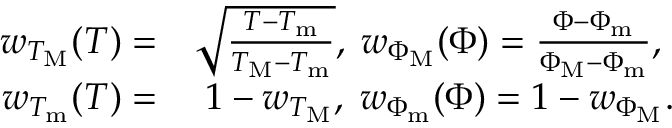
\begin{array} { r l } { w _ { T _ { \mathrm { M } } } ( T ) = } & { \sqrt { \frac { T - T _ { \mathrm { m } } } { T _ { \mathrm { M } } - T _ { \mathrm { m } } } } , \; w _ { \Phi _ { \mathrm { M } } } ( \Phi ) = \frac { \Phi - \Phi _ { \mathrm { m } } } { \Phi _ { \mathrm { M } } - \Phi _ { \mathrm { m } } } , } \\ { w _ { T _ { \mathrm { m } } } ( T ) = } & { \; 1 - w _ { T _ { \mathrm { M } } } , \; w _ { \Phi _ { \mathrm { m } } } ( \Phi ) = 1 - w _ { \Phi _ { \mathrm { M } } } . } \end{array}